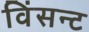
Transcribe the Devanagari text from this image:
विंसन्ट